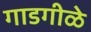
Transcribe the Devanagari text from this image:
गाडगीळे